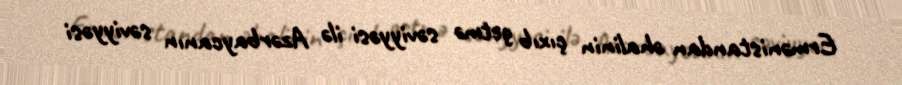
Ermənistandan əhalinin çıxıb getmə səviyyəsi ilə Azərbaycanın səviyyəsi